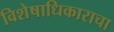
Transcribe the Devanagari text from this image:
विशेषाधिकाराचा